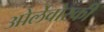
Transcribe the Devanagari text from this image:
ओर्लेवोस्की